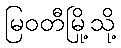
မြဝတီမြို့သို့